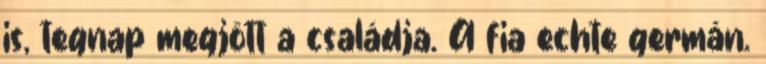
is, tegnap megjött a családja. A fia echte germán.